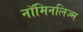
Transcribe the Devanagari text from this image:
नॉमिनलिज्म